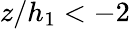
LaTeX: z/h_{1}<-2